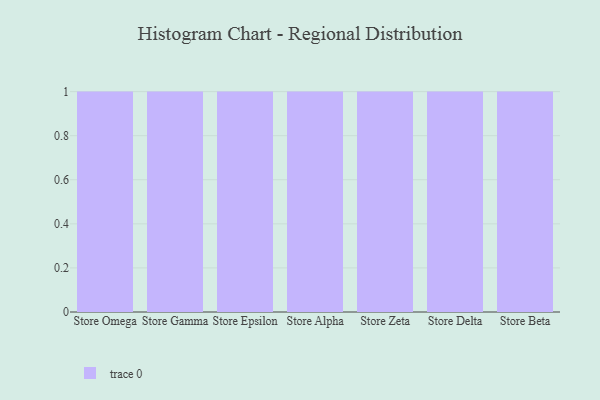
{"axis": {"x": "Store", "y": "Inventory Turnover"}, "legend": [""], "data": [{"x": "Store Omega", "y": 17, "type": ""}, {"x": "Store Gamma", "y": 97, "type": ""}, {"x": "Store Epsilon", "y": 67, "type": ""}, {"x": "Store Alpha", "y": 40, "type": ""}, {"x": "Store Zeta", "y": 57, "type": ""}, {"x": "Store Delta", "y": 24, "type": ""}, {"x": "Store Beta", "y": 48, "type": ""}]}